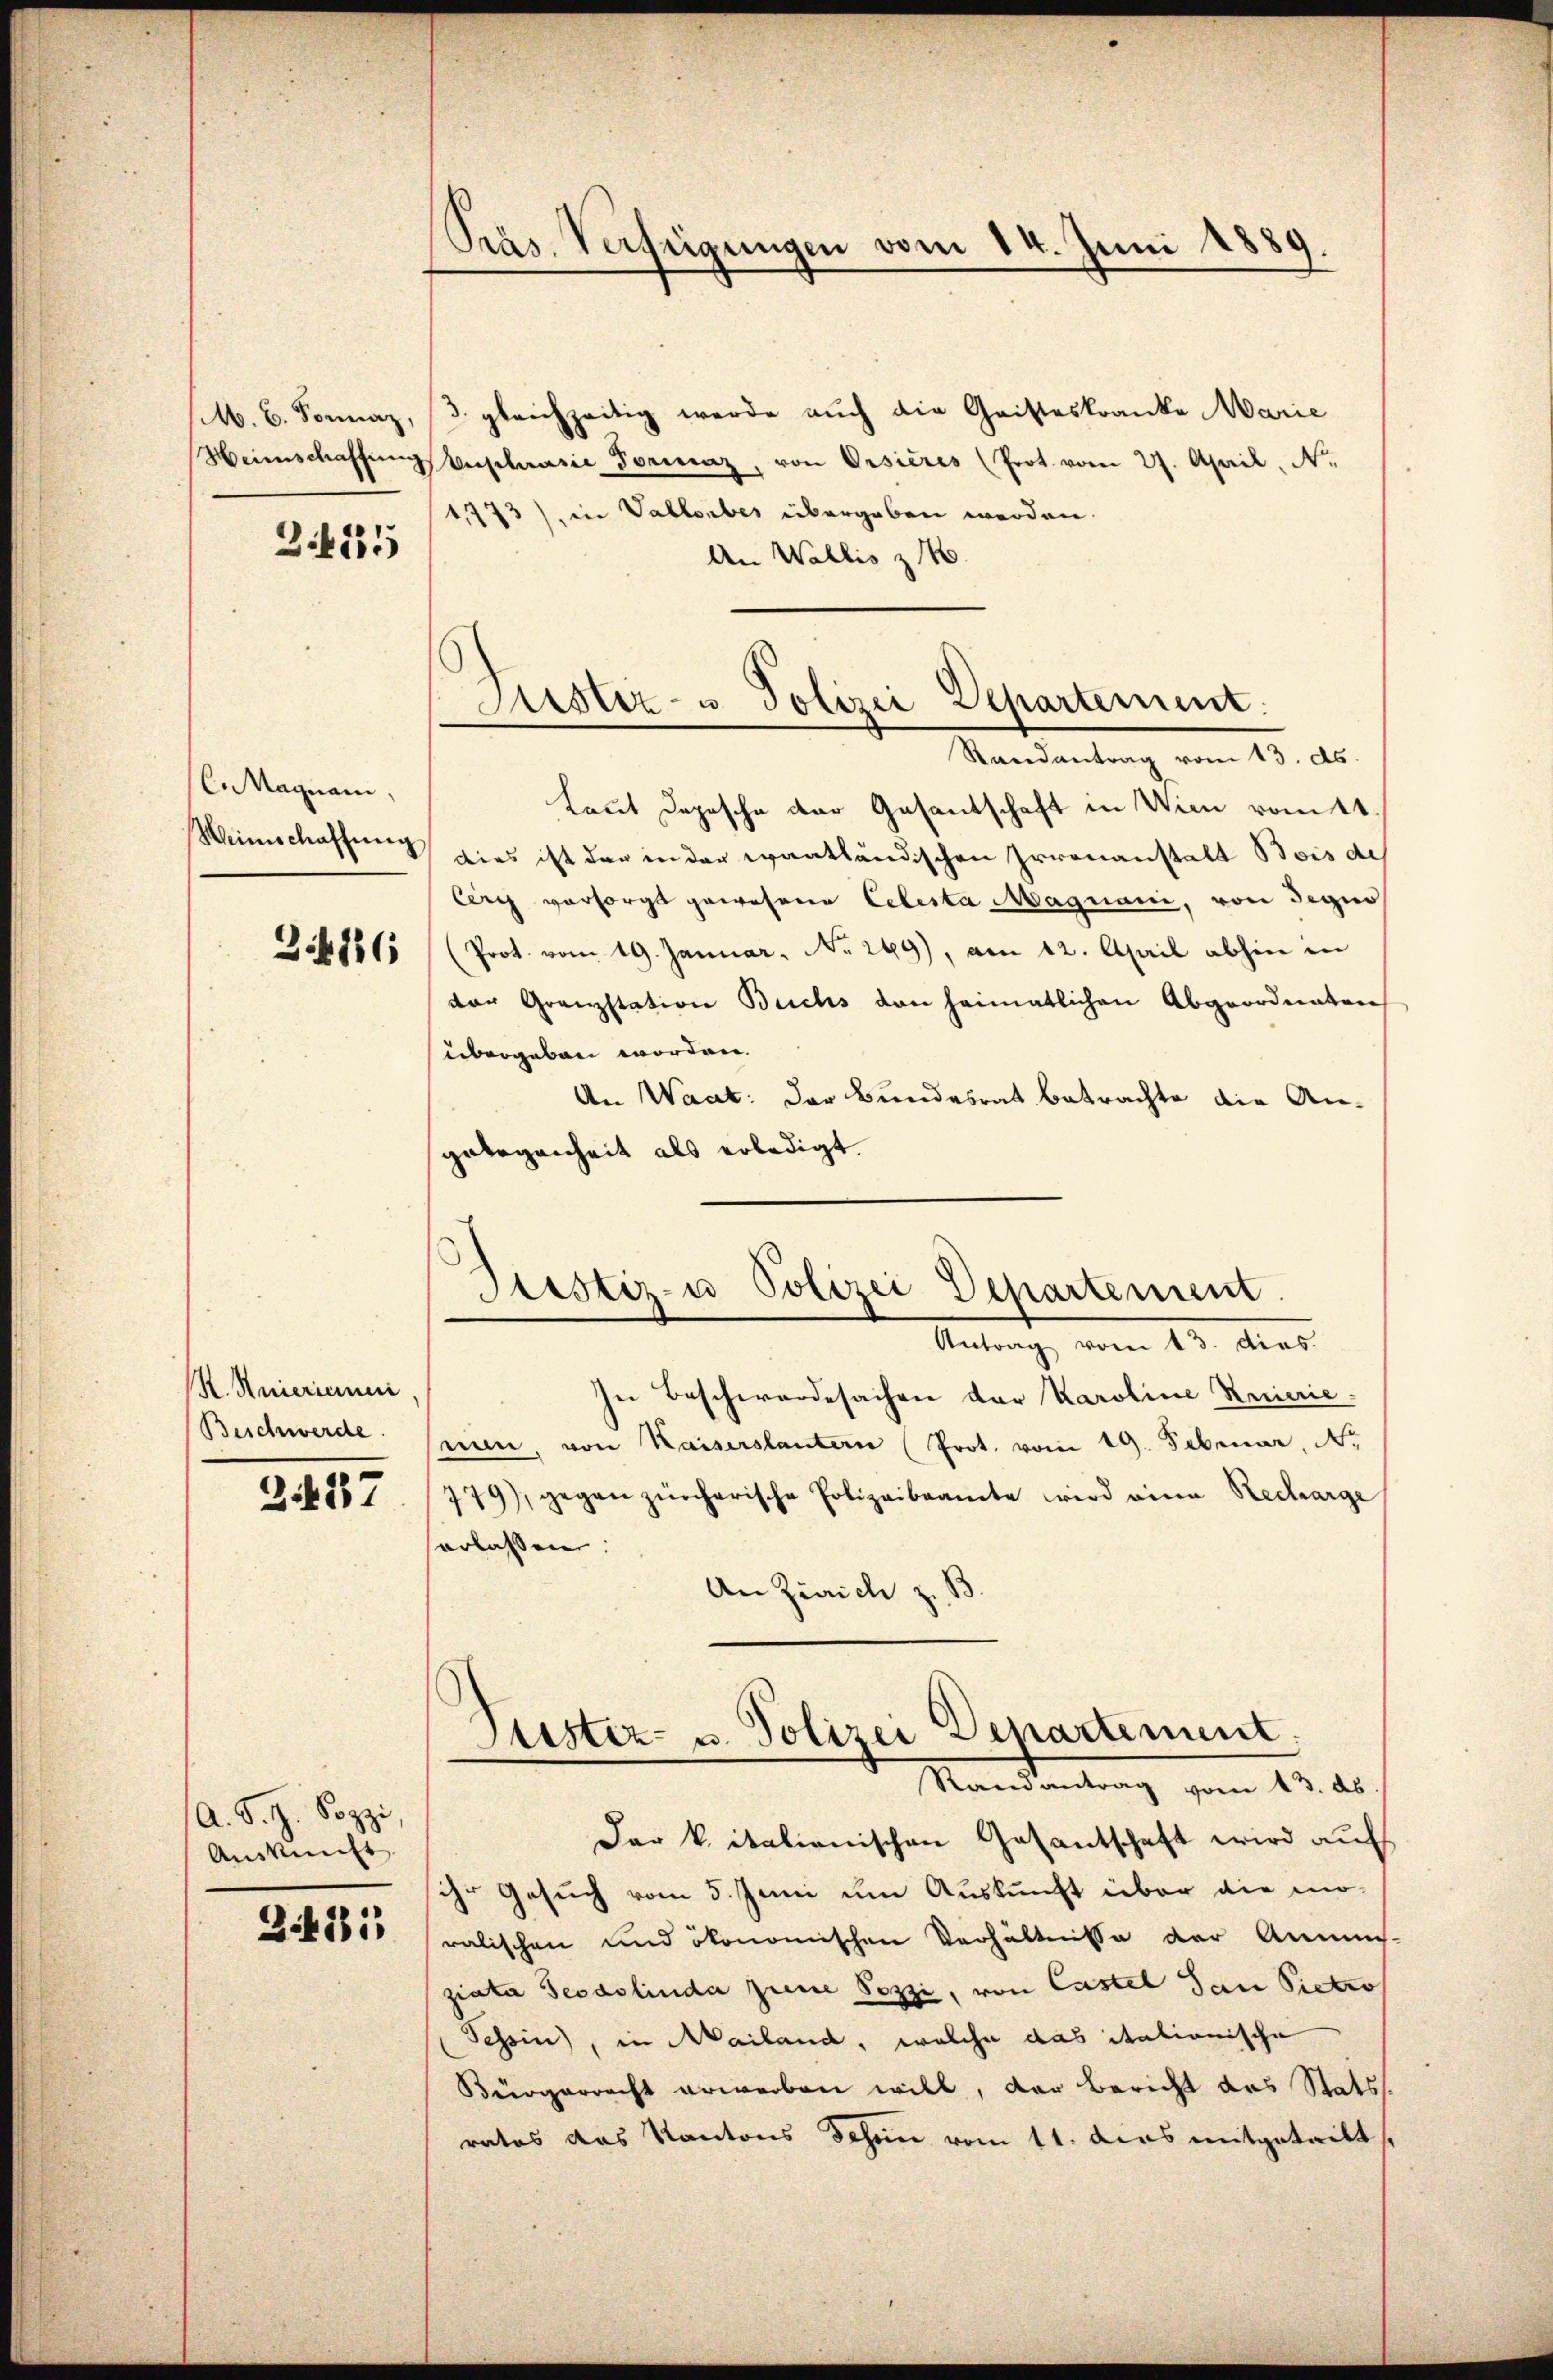
M. B. Sonnaz,
Heimschaffung

2425

Cn Magnam,

3476

K. Maierinne
Beschwerde.

2427

A. S. H. Pozzi
Auskunft.

381

Sies Verfügungen vom 14. Juni 1889.

3 gleichzeitig werde auch die Gristeskranke Marie
Auplasie Formaz, von Orsières (Prot. vom 27. April, N.
1,773), in Vallerbes übergeben werden.
An Wallis z

Sistiz- u Polizei Departement.
Mandantung vom 15. ds.

Laut Depesche der Gasantschaft in Wien vom 11.
Weinschaffung dies ist der in der evantländischen Irrenanstalt Bois de
Cerg versorgt gewesene Celesta Magnani, von deges
(Prot. vom 19. Januar. No. 249, am 12. April abhin in
der Granzstation Buchs den heimatlichen Abgeordneten
übergeben worden.
An Waat: der Bundesrat betrachte die Angelegenheit als erledigt.

Justiz- u Polizei Departement
Antrach, von 13. Aus

Piester- u. Polizei Departement.
Mandantung vom 15. des
Der k. italienischen Gasantschaft wird auf

In Beschwerdesachen der Karoline Renaie.
snien, von Kaiserstantern (Prot. vom 19. Februar, N.
779), gegen zürcherische Polizeibeamte wird eine Recharge
erlassen.
An Zürich z. B
ihr Gesuch vom 5. Juni um Auskunft über die mo-
ralischen und ökonomischen Verhältnisse der Annies-
ziata Seodolinda peine Sozzi, von Castel dan Pietro
Tessin, in Mailand, welche das itationische
Bürgerrecht erwerben will, der Bericht das Stats
ratos das Kantons Schön vom 11. das mitgeteilt,